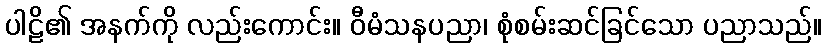
ပါဠိ၏ အနက်ကို လည်းကောင်း။ ဝီမံသနပညာ၊ စုံစမ်းဆင်ခြင်သော ပညာသည်။